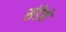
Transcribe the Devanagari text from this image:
संडेचे